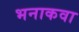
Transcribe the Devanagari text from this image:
भनाकवा